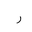
Letter: _ra